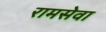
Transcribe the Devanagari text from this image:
रामसेवा